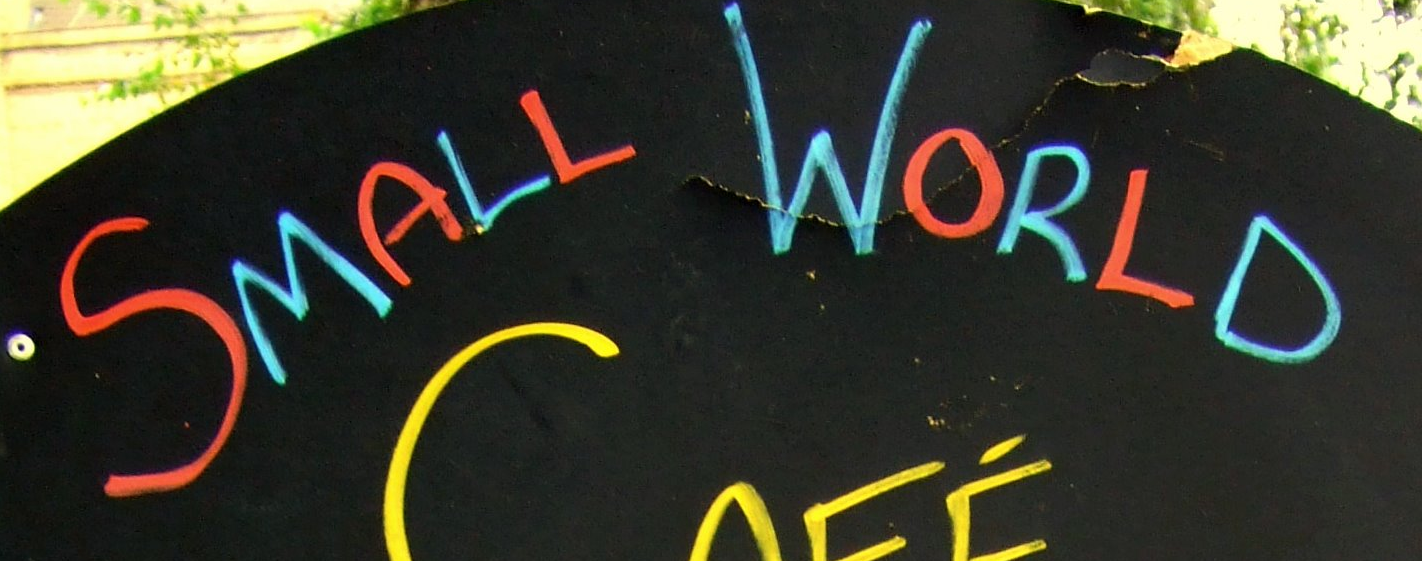
SMALL WORLD